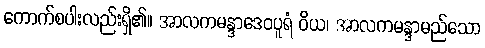
ကောက်စပါးလည်းရှိ၏။ အာလကမန္ဒာဒေဝပူရံ ဝိယ၊ အာလကမန္ဒာမည်သော